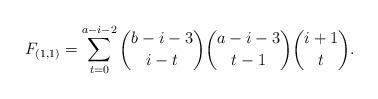
LaTeX: \begin{align*} F_{(1,1)} = \sum_{t=0}^{a-i-2} \binom{b-i-3}{i-t} \binom{a-i-3}{t-1} \binom{i+1}{t}. \end{align*}